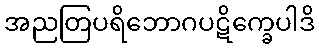
အညတြပရိဘောဂပဋိက္ခေပါဒိ